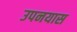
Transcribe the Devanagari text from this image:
उपनयास